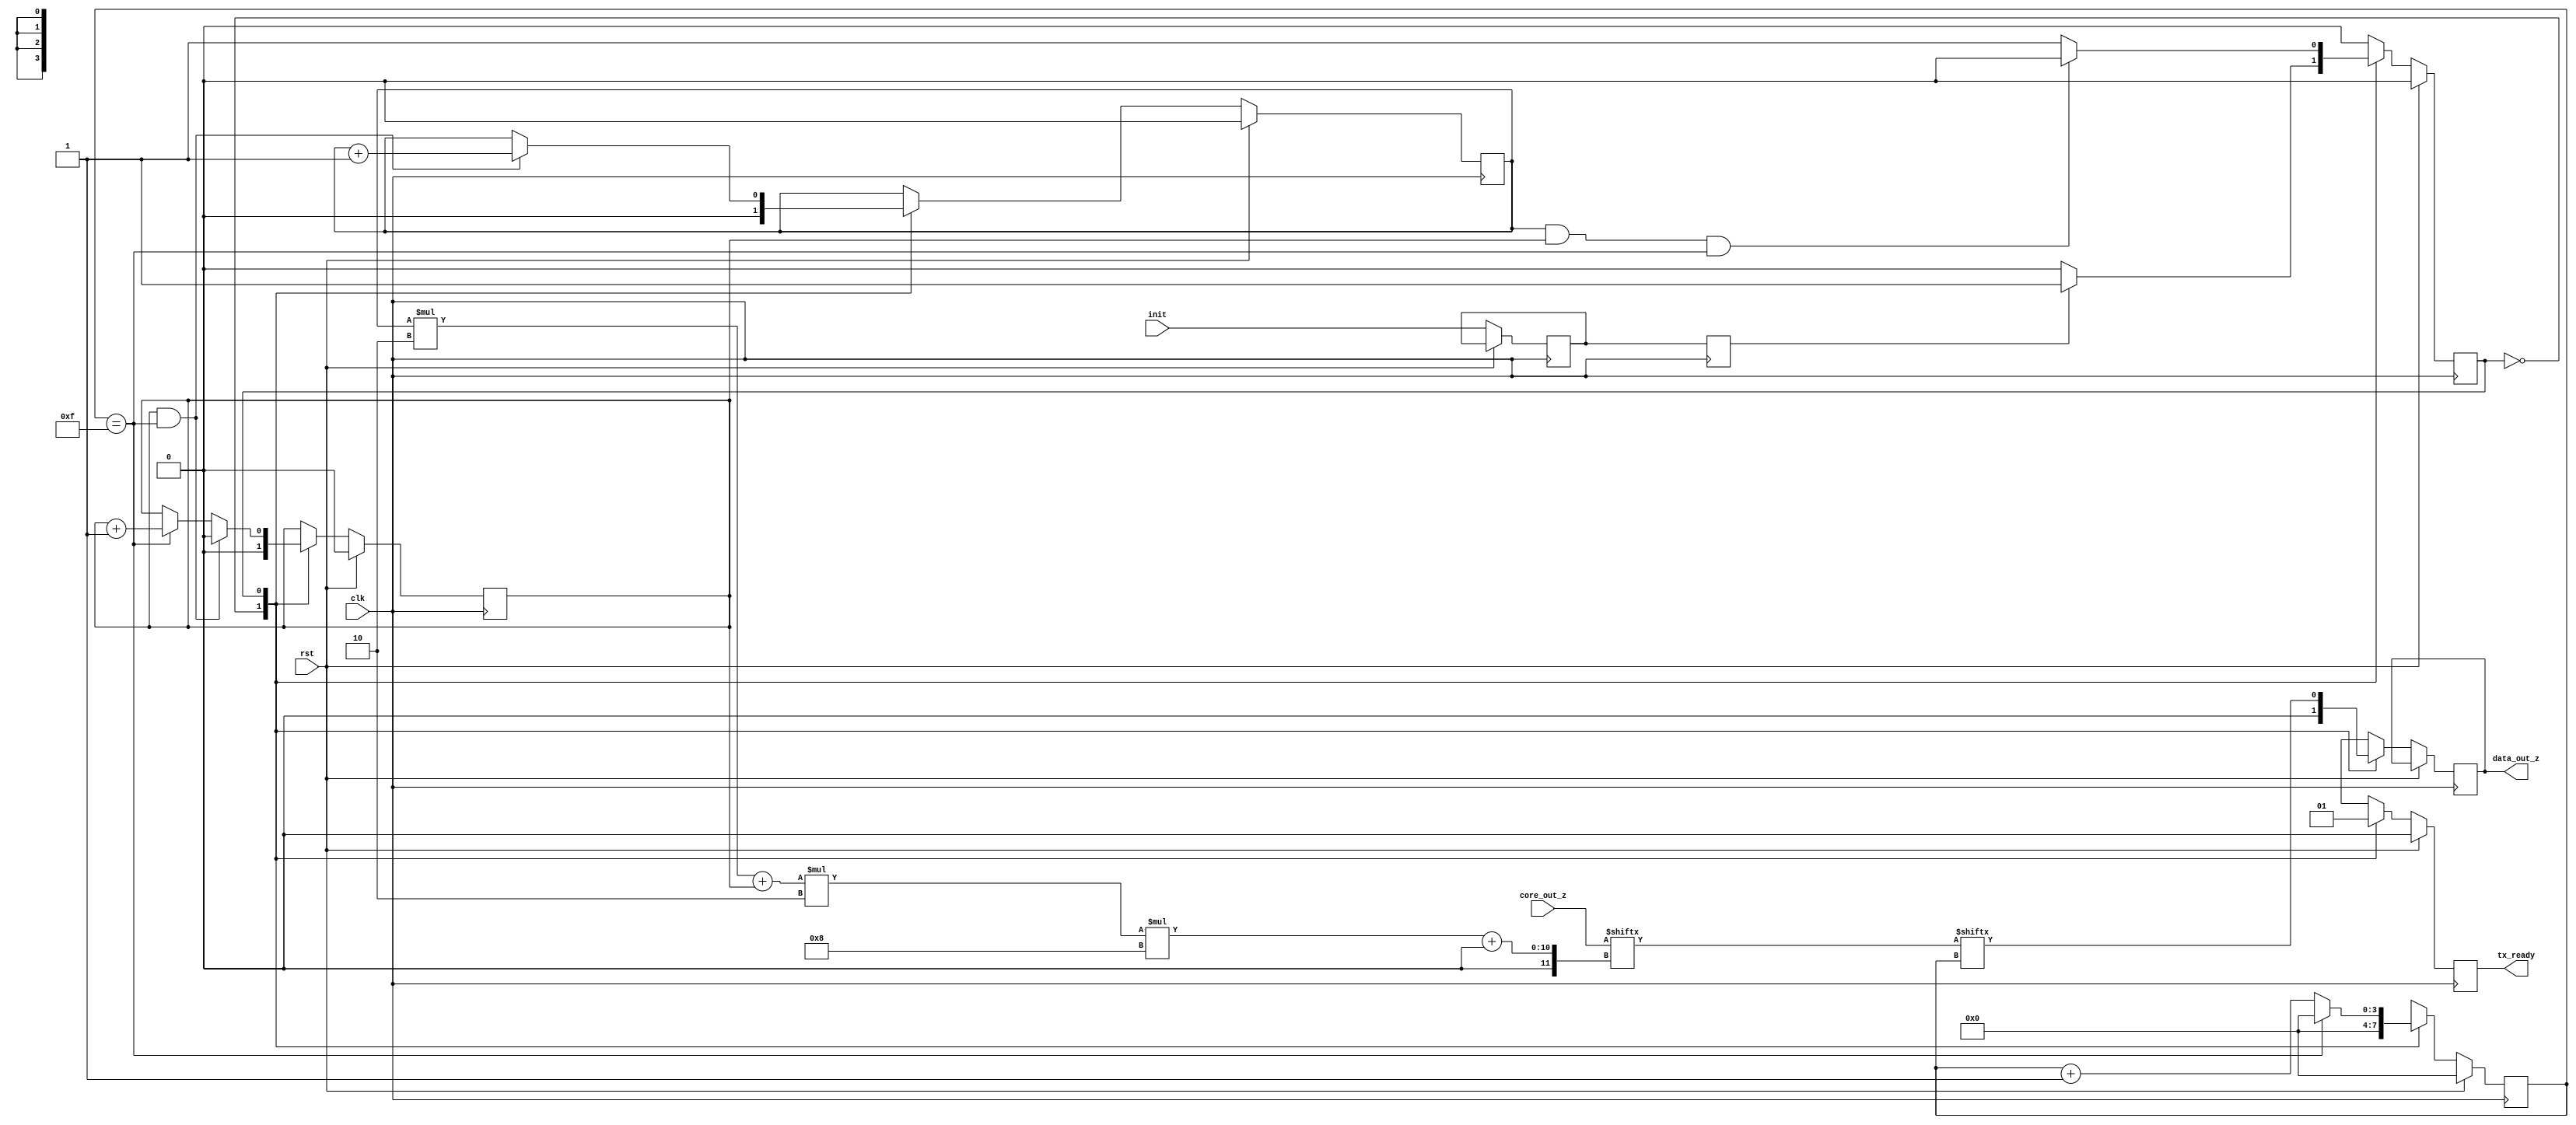
module output_control #
(
    parameter D_W = 8,
    parameter N = 2
)
(
    // Global Signal
    input  wire                   clk,
    input  wire                   rst,
    // Systolic Output
    input  wire [(N*N*2*D_W)-1:0] core_out_z,
    input  wire                   init, 
    // IO Output
    output reg                    data_out_z,
    output reg                    tx_ready
);
/*
    STATE Machine
*/
//
localparam IDLE = 1'b0;
localparam TX   = 1'b1;
reg        STATE;
//enum {IDLE,TX} STATE;
//
// Counters
reg [$clog2(2*D_W)-1:0] bit_counter;
reg [$clog2(N)-1:0]     column_counter;
reg [$clog2(N)-1:0]     row_counter;
//
wire [2*D_W-1:0]        data_tx_reg;
//
//
assign data_tx_reg = core_out_z[(row_counter*N + column_counter)*2*D_W +: 2*D_W];
//
reg init_delay [N-1:0];
//
always @(posedge clk) begin
    if(rst) begin
        STATE <= IDLE;
    end
    else begin
        init_delay[0] <= init;
        case(STATE) 
            IDLE: begin
                if(init_delay[N-1])
                    STATE <= TX;
            end
            TX: begin
                if(row_counter == N-1 && column_counter == N-1 && bit_counter == 2*D_W-1) 
                    STATE <= IDLE;
            end
        endcase
    end
end

integer x,r,c;
always @(posedge clk) begin
    //
    if(rst) begin
        //
        bit_counter <= 0;
        column_counter <= 0;
        row_counter <= 0;
        tx_ready <= 0;
        //
    end
    //
    else begin
        case(STATE) 
            IDLE: begin
                //
                bit_counter     <= 0;
                column_counter  <= 0;
                row_counter     <= 0;
                tx_ready        <= 0;
                data_out_z      <= 0;
                //        
            end
            TX: begin
                //
                tx_ready    <= 1;
                bit_counter <= bit_counter + 1;
                data_out_z  <=  data_tx_reg[bit_counter];
                //
                if(bit_counter == (2*D_W-1)) begin
                    column_counter <= column_counter + 1;
                    bit_counter    <= 0;
                end
                if(column_counter == N-1 && bit_counter == (2*D_W-1)) begin
                    column_counter <= 0;
                    row_counter   <= row_counter + 1;
                end
                //
            end
        endcase
    end
end

// Assign delay counter
genvar i;
for (i=1;i<N;i=i+1) begin
    always @(posedge clk) begin
        init_delay[i] <= init_delay[i-1];
    end
end

endmodule